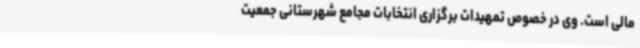
مالی است. وی در خصوص تمهیدات برگزاری انتخابات مجامع شهرستانی جمعیت